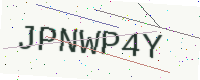
Text: JPNWP4Y